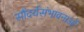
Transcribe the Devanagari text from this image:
सौंदर्यसंभावनाओं